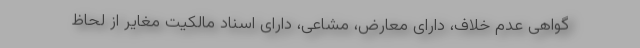
گواهی عدم خلاف، دارای معارض، مشاعی، دارای اسناد مالکیت مغایر از لحاظ